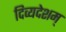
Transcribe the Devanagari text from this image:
दिव्यदेशम्